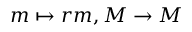
m \mapsto r m , M \to M